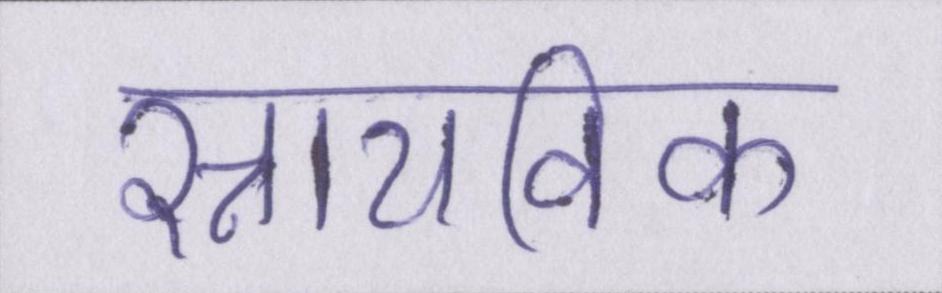
स्नायविक